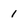
Character: 1